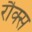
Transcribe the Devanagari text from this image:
रौक्स